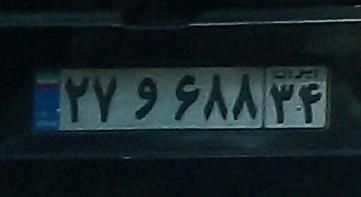
۲۷و۶۸۸۳۴